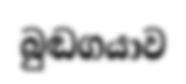
බුඬගයාව